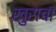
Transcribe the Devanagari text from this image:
खुराचा